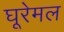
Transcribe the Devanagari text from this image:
घूरेमल